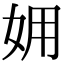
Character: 𡛾